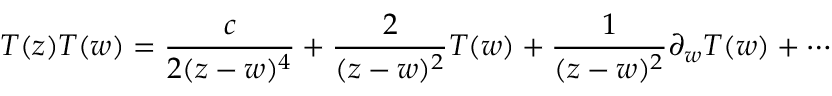
T ( z ) T ( w ) = \frac { c } { 2 ( z - w ) ^ { 4 } } + \frac { 2 } { ( z - w ) ^ { 2 } } T ( w ) + \frac { 1 } { ( z - w ) ^ { 2 } } \partial _ { w } T ( w ) + \cdots